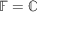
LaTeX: \mathbb { F } = \mathbb { C }